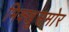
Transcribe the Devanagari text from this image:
भिक्खूसमोर